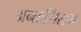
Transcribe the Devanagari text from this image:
अन्तःशिराभ